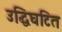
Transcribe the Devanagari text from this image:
उद्धिघटित